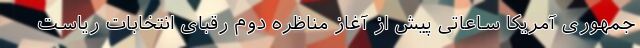
جمهوری آمریکا ساعاتی پیش از آغاز مناظره دوم رقبای انتخابات ریاست